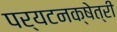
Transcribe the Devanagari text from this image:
पर्यटनक्षेत्री